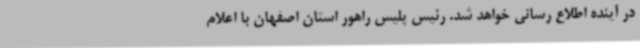
در آینده اطلاع رسانی خواهد شد. رئیس پلیس راهور استان اصفهان با اعلام